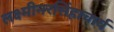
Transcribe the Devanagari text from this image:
लक्ष्मीनरसिंहाचार्य